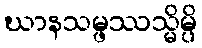
ဃာနသမ္ဖဿသ္မိမ္ပိ